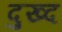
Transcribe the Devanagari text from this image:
दुख्द